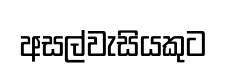
අසල්වැසියකුට